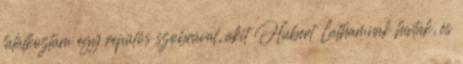
találkoztam egy repülős szobrával, akit Hubert Lathamnak hívtak, és